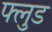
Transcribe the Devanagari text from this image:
फ्लुड